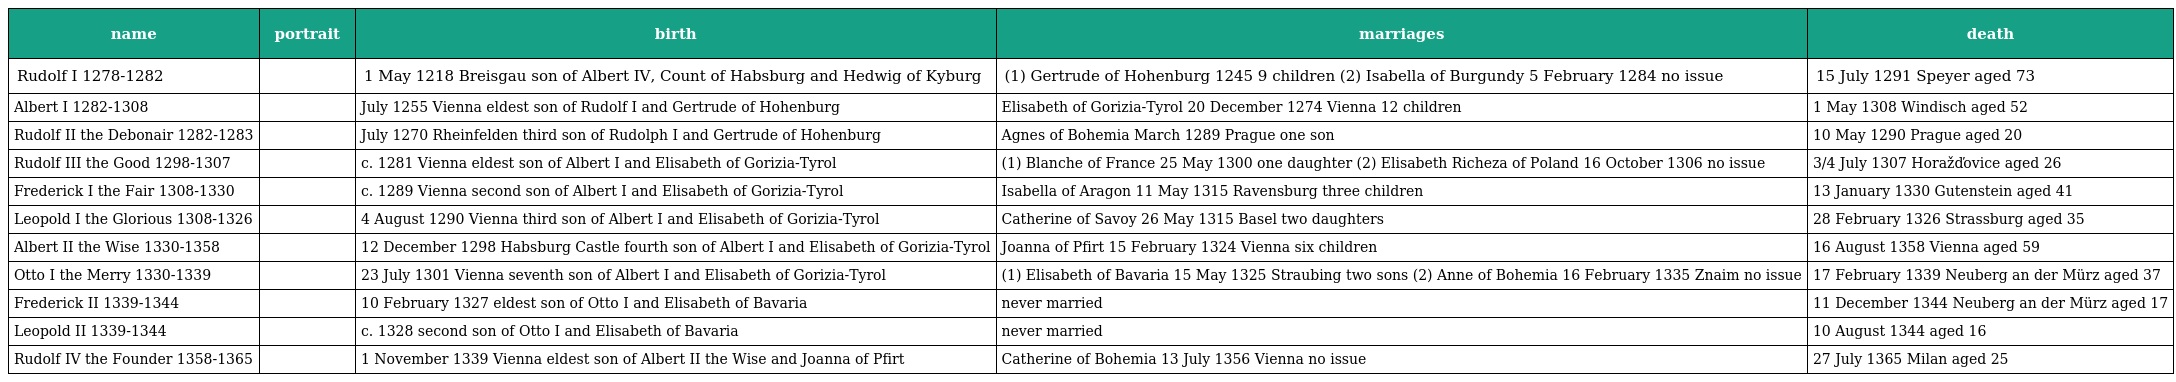
| name | portrait | birth | marriages | death |
 | --- | --- | --- | --- | --- |
 | Rudolf I 1278-1282 |  | 1 May 1218 Breisgau son of Albert IV, Count of Habsburg and Hedwig of Kyburg | (1) Gertrude of Hohenburg 1245 9 children (2) Isabella of Burgundy 5 February 1284 no issue | 15 July 1291 Speyer aged 73 |
 | Albert I 1282-1308 |  | July 1255 Vienna eldest son of Rudolf I and Gertrude of Hohenburg | Elisabeth of Gorizia-Tyrol 20 December 1274 Vienna 12 children | 1 May 1308 Windisch aged 52 |
 | Rudolf II the Debonair 1282-1283 |  | July 1270 Rheinfelden third son of Rudolph I and Gertrude of Hohenburg | Agnes of Bohemia March 1289 Prague one son | 10 May 1290 Prague aged 20 |
 | Rudolf III the Good 1298-1307 |  | c. 1281 Vienna eldest son of Albert I and Elisabeth of Gorizia-Tyrol | (1) Blanche of France 25 May 1300 one daughter (2) Elisabeth Richeza of Poland 16 October 1306 no issue | 3/4 July 1307 Horažďovice aged 26 |
 | Frederick I the Fair 1308-1330 |  | c. 1289 Vienna second son of Albert I and Elisabeth of Gorizia-Tyrol | Isabella of Aragon 11 May 1315 Ravensburg three children | 13 January 1330 Gutenstein aged 41 |
 | Leopold I the Glorious 1308-1326 |  | 4 August 1290 Vienna third son of Albert I and Elisabeth of Gorizia-Tyrol | Catherine of Savoy 26 May 1315 Basel two daughters | 28 February 1326 Strassburg aged 35 |
 | Albert II the Wise 1330-1358 |  | 12 December 1298 Habsburg Castle fourth son of Albert I and Elisabeth of Gorizia-Tyrol | Joanna of Pfirt 15 February 1324 Vienna six children | 16 August 1358 Vienna aged 59 |
 | Otto I the Merry 1330-1339 |  | 23 July 1301 Vienna seventh son of Albert I and Elisabeth of Gorizia-Tyrol | (1) Elisabeth of Bavaria 15 May 1325 Straubing two sons (2) Anne of Bohemia 16 February 1335 Znaim no issue | 17 February 1339 Neuberg an der Mürz aged 37 |
 | Frederick II 1339-1344 |  | 10 February 1327 eldest son of Otto I and Elisabeth of Bavaria | never married | 11 December 1344 Neuberg an der Mürz aged 17 |
 | Leopold II 1339-1344 |  | c. 1328 second son of Otto I and Elisabeth of Bavaria | never married | 10 August 1344 aged 16 |
 | Rudolf IV the Founder 1358-1365 |  | 1 November 1339 Vienna eldest son of Albert II the Wise and Joanna of Pfirt | Catherine of Bohemia 13 July 1356 Vienna no issue | 27 July 1365 Milan aged 25 |